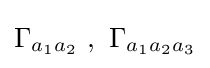
\Gamma _{a_{1}a_{2}}~,~\Gamma _{a_{1}a_{2}a_{3}}